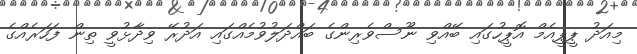
މިއަދު ޕީޕީއެމް އޮޕީހުގައި ބޭއްވި ނޫސްވެރިންގެ ބައްދަލުވުމެއްގައި އަދުރޭ ވިދާޅުވީ ތިން ފަހަރެއްގެ